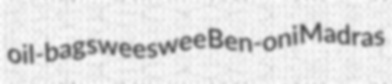
oil-bag sweeswee Ben-oni Madras